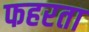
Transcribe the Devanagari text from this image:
फहरता